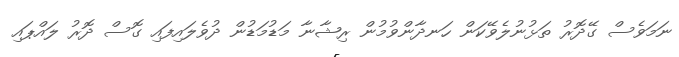
ނަމަވެސް ގޭދޮރު ތަޅުނުލެވޭކަން ހަނދާންވުމުން ރިޝާނާ މަޑުމަޑުން ދުވެލައިފައި ގޮސް ދޮރު ލައްޕައި